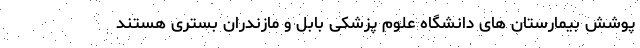
پوشش بیمارستان های دانشگاه علوم پزشکی بابل و مازندران بستری هستند